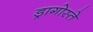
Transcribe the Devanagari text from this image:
ड्रागोस्ते